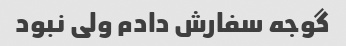
گوجه سفارش دادم ولی نبود